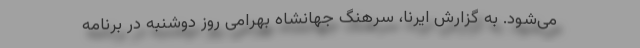
می‌شود. به گزارش ایرنا، سرهنگ جهانشاه بهرامی روز دوشنبه در برنامه